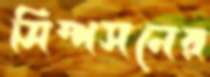
সিম্পসনের